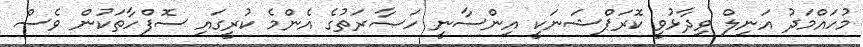
މުހައްމަދު އަނިލް ވިދާޅުވީ ކޮރަޕްޝަނަކީ އިންސާނީ ހަޞާރަތުގެ އެންމެ ކުރީގައި ސޮފްހާތަކުން ވެސް